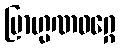
ဗြာဟ္မဏဝဂ္ဂေ